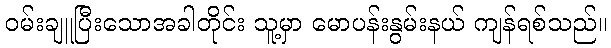
ဝမ်းချူပြီးသောအခါတိုင်း သူ့မှာ မောပန်းနွမ်းနယ် ကျန်ရစ်သည်။